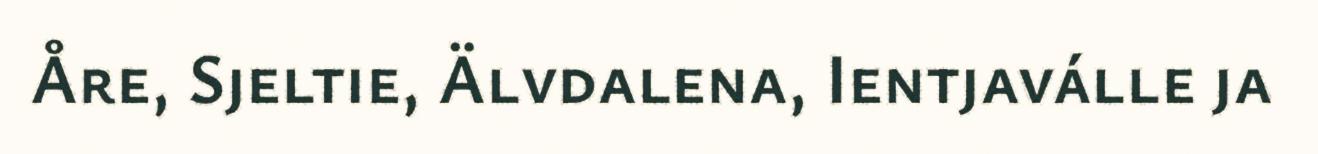
Åre, Sjeltie, Älvdalena, Ientjaválle ja